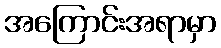
အကြောင်းအရာမှာ